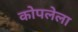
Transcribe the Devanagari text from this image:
कोपलेला